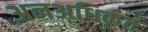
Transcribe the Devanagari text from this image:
अनअधिकृत